Annual statistical returns and brief notes on vaccination in Bengal - 1887-1898
Year: 1887
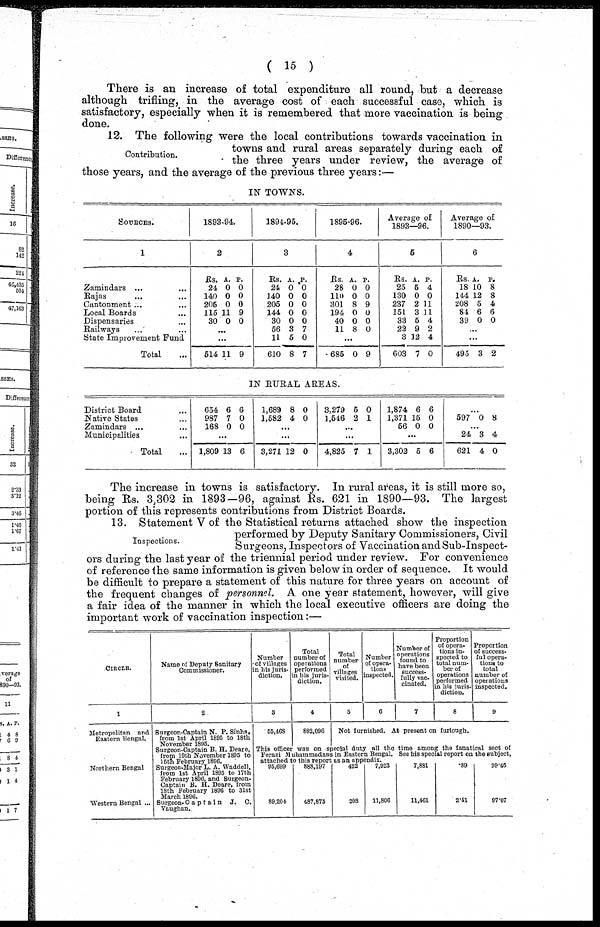
( 15 )
There is an increase of total expenditure all round, but a decrease
although trifling, in the average cost of each successful case, which is
satisfactory, especially when it is remembered that more vaccination is being
done.
Contribution.
12. The following were the local contributions towards vaccination in
towns and rural areas separately during each of
the three years under review, the average of
those years, and the average of the previous three years:—
IN TOWNS.
SOURCES.
1
Zamindars ... ...
Rajas ... ...
Cantonment ... ...
Local Boards ...
Dispensaries ...
Railways ... ...
State Improvement Fund
Total ...
1893-94.
2
Rs.
24
140
205
115
30
A.
0
0
0
11
0
P.
0
0
0
9
0
...
...
514 11 9
1894-95.
3
Rs.
24
140
205
144
30
56
11
610
A.
0
0
0
0
0
3
5
8
P.
0
0
0
0
0
7
0
7
1895-96.
4
Rs.
28
110
301
194
40
11
A.
0
0
8
0
0
8
P.
0
0
9
0
0
0
...
685 0 9
Average of
1893—96.
5
Rs.
25
130
237
151
33
22
3
603
A.
5
0
2
3
5
9
12
7
P.
4
0
11
11
4
2
4
0
Average of
1890—93.
6
Rs.
18
144
208
84
39
A.
10
12
5
6
0
P.
8
8
4
6
0
...
...
495 3 2
IN RURAL AREAS.
District Board ...
Native States ...
Zamindars ... ...
Municipalities ...
Total ...
654
987
168
6
7
0
6
0
0
...
1,809 13 6
1,689
1,582
8
4
0
0
...
...
3,271 12 0
3,279
1,546
5
2
0
1
...
...
4,825 7 1
1,874
1,371
56
6
15
0
6
0
0
...
3,302 5 6
...
597 0 8
...
24
621
3
4
4
0
The increase in towns is satisfactory. In rural areas, it is still more so,
being Rs. 3,302 in 1893—96, against Rs. 621 in 1890—93. The largest
portion of this represents contributions from District Boards.
Inspections.
13. Statement V of the Statistical returns attached show the inspection
performed by Deputy Sanitary Commissioners, Civil
Surgeons, Inspectors of Vaccination and Sub-Inspect-
ors during the last year of the triennial period under review. For convenience
of reference the same information is given below in order of sequence. It would
be difficult to prepare a statement of this nature for three years on account of
the frequent changes of personnel. A one year statement, however, will give
a fair idea of the manner in which the local executive officers are doing the
important work of vaccination inspection:—
CIRCLE.
1
Metropolitan and
Eastern Bengal.
Northern Bengal
Western Bengal ...
Name of Deputy Sanitary
Commissioner.
2
Surgeon-Captain N. P. Sinha,
from 1st April 1895 to 18th
November 1895.
Surgeon-Captain B. H. Deare,
from 10th November 1895 to
15th February 1896.
Surgeon-Major L. A. Waddell,
from 1st April 1895 to 17th
February 1896, and Surgeon-
Captain B. H. Deare, from
18th February 1896 to 31st
March 1896.
Surgeon- Captain
J. C.
Vaughan.
Number
of villages
in his juris-
diction.
3
55,463
Total
number of
operations
performed
in his juris-
diction.
4
882,096
Total
number
of
villages
visited.
5
Number
of opera-
tions
inspected.
6
Number of
operations
found to
have been
success-
--lly vac-
cinated.
7
Proportion
of opera-
tions in-
spected to
total num-
ber of
operations
performed
in his juris-
diction.
8
Proportion
of success-
ful opera-
tions to
total
number of
operations
inspected.
9
Not furnished. At present on furlough.
This officer was on special duty all the time among the fanatical sect of
Ferazi Muhammadans in Eastern Bengal. See his special report on the subject,
attached to this report as an appendix.
95,699
89,204
888,197
487,875
422
208
7,923
11,806
7,881
11,461
.89
2.41
99.46
97.07